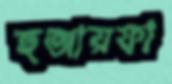
হুজায়ফা